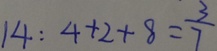
1 4 : 4 + 2 + 8 = \frac { 3 } { 7 }